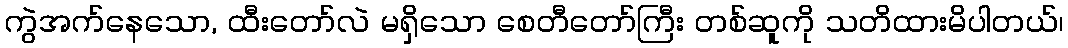
ကွဲအက်နေသော, ထီးတော်လဲ မရှိသော စေတီတော်ကြီး တစ်ဆူကို သတိထားမိပါတယ်၊